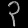
Digit: ၃